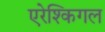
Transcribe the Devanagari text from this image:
एरेश्किगल